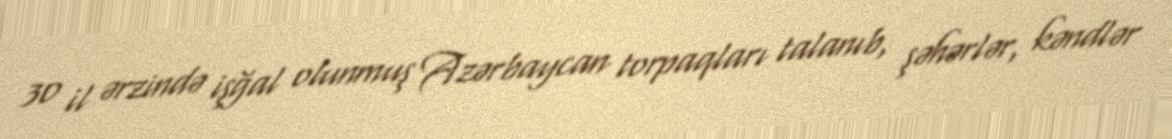
30 il ərzində işğal olunmuş Azərbaycan torpaqları talanıb, şəhərlər, kəndlər